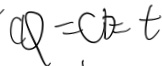
C Q = C D = t